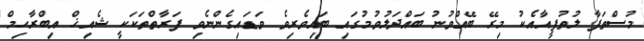
މުސްތަފާ ލުތުފީއާއެކު މިރޭ ބޭއްވުނު ބައްދަލުވުމުގައި ބައިވެރިވެ ވަޑައިގެންނެވި ފަރާތްތަކަކީ ޝެއިޚް އިބްރާހިމް